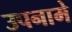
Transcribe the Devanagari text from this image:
उपनामे